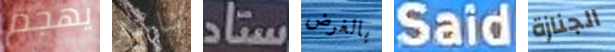
يهجم شاحبة ستاد بالغرض Said الجنازة